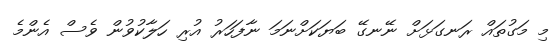
މި މަގުތައް ރަނގަޅަށް ނޭނގޭ ބަޔަކަށްނަމަ ނާފަހަރު އުރި ހަލާކުވުން ވެސް އެންމެ